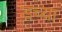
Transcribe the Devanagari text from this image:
डच्या